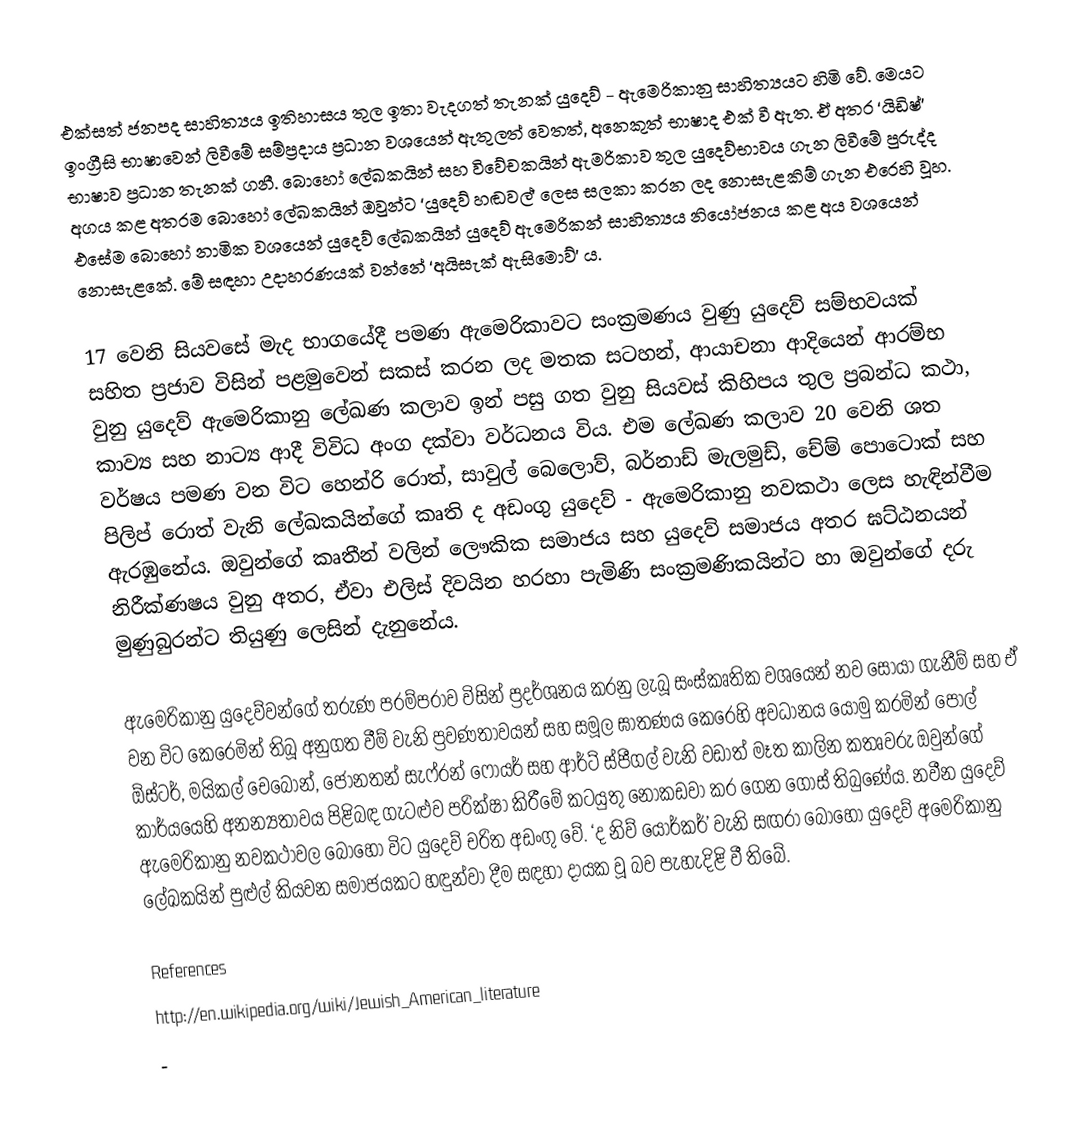
එක්සත් ජනපද සාහිත්‍යය ඉතිහාසය තුල ඉතා වැදගත් තැනක් යුදෙව් - ඇමෙරිකානු සාහිත්‍යයට හිමි වේ. මෙයට ඉංග්‍රීසි භාෂාවෙන් ලිවීමේ සම්ප්‍රදාය ප්‍රධාන වශයෙන් ඇතුලත් වෙතත්, අනෙකුත් භාෂාද එක් වී ඇත.  ඒ අතර ‘යිඩිෂ්’ භාෂාව ප්‍රධාන තැනක් ගනී. බොහෝ ලේඛකයින් සහ විවේචකයින් ඇමරිකාව තුල යුදෙව්භාවය ගැන ලිවීමේ පුරුද්ද අගය කළ අතරම බොහෝ ලේඛකයින් ඔවුන්ට ‘යුදෙව් හඬවල්’ ලෙස සලකා කරන ලද නොසැළකිම් ගැන එරෙහි වූහ. එසේම බොහෝ නාමික වශයෙන් යුදෙව් ලේඛකයින් යුදෙව් ඇමෙරිකන් සාහිත්‍යය නියෝජනය කළ අය වශයෙන් නොසැළකේ. මේ සඳහා උදාහරණයක් වන්නේ ‘අයිසැක් ඇසිමොව්’ ය.

17 වෙනි සියවසේ මැද භාගයේදී පමණ ඇමෙරිකාවට සංක්‍රමණය වුණු යුදෙව් සම්භවයක් සහිත ප්‍රජාව විසින් පළමුවෙන් සකස් කරන ලද මතක සටහන්, ආයාචනා ආදියෙන් ආරම්භ වුනු යුදෙව් ඇමෙරිකානු ලේඛණ කලාව ඉන් පසු ගත වුනු සියවස් කිහිපය තුල ප්‍රබන්ධ කථා, කාව්‍ය සහ නාට්‍ය ආදී විවිධ අංග දක්වා වර්ධනය විය. එම ලේඛණ කලාව 20 වෙනි ශත වර්ෂය පමණ වන විට හෙන්රි රොත්, සාවුල් බෙලොව්, බර්නාඩ් මැලමුඩ්, චේම් පොටොක් සහ පිලිප් රොත් වැනි ලේඛකයින්ගේ කෘති ද අඩංගු යුදෙව් - ඇමෙරිකානු නවකථා ලෙස හැඳින්වීම ඇරඹුනේය. ඔවුන්ගේ කෘතීන් වලින් ලෞකික සමාජය සහ යුදෙව් සමාජය අතර ඝට්ඨනයන් නිරීක්ණෂය වුනු අතර, ඒවා එලිස් දිවයින හරහා පැමිණි සංක්‍රමණිකයින්ට හා ඔවුන්ගේ දරු මුණුබුරන්ට තියුණු ලෙසින් දැනුනේය.

ඇමෙරිකානු යුදෙව්වන්ගේ තරුණ පරම්පරාව විසින් ප්‍රදර්ශනය කරනු ලැබූ සංස්කෘතික වශයෙන් නව සොයා ගැනීම් සහ ඒ වන විට කෙරෙමින් තිබූ අනුගත වීම් වැනි ප්‍රවණතාවයන් සහ සමූල ඝාතණය කෙරෙහි අවධානය යොමු කරමින් පෝල් ඕස්ටර්, මයිකල් චෙබොන්, ජොනතන් සැෆ්රන් ෆොයර් සහ ආර්ට් ස්පීගල් වැනි වඩාත් මෑත කාලින කතෘවරු ඔවුන්ගේ කාර්යයෙහි අනන්‍යතාවය පිළිබඳ ගැටළුව පරික්ෂා කිරීමේ කටයුතු නොකඩවා කර ගෙන ගොස් තිබුණේය. නවීන යුදෙව් ඇමෙරිකානු නවකථාවල බොහෝ විට යුදෙව් චරිත අඩංගු වේ. ‘ද නිව් යෝර්කර්’ වැනි සඟරා බොහෝ යුදෙව් අමෙරිකානු ලේඛකයින් පුළුල් කියවන සමාජයකට හඳුන්වා දීම සඳහා දායක වූ බව පැහැදිළි වී තිබේ.

References
http://en.wikipedia.org/wiki/Jewish_American_literature
-